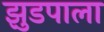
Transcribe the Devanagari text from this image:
झुडपाला